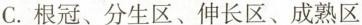
C. 根冠、分生区、伸长区、成熟区